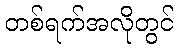
တစ်ရက်အလိုတွင်